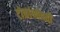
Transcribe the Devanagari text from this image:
टोकांभोवती